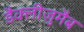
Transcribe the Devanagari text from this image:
डैक्लीज़ुमैब